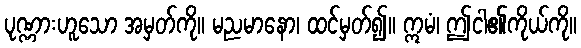
ပုဏ္ဏားဟူသော အမှတ်ကို။ မညမာနော၊ ထင်မှတ်၍။ ဣမံ၊ ဤငါ၏ကိုယ်ကို။